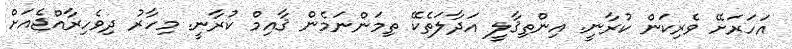
އަހަރަށޭ ވެރިކަން ކުރާނީ. އިންތިޤާލީ އަދާލަތެކޭ ތިމަންނަމެން ޤާއިމް ކުރާނީ. މިހާރު ދިވެހިރާއްޖެއަށް